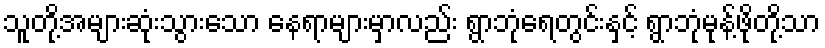
သူတို့အများဆုံးသွားသော နေရာများမှာလည်း ရွာဘုံရေတွင်းနှင့် ရွာဘုံမုန့်ဖိုတို့သာ